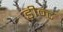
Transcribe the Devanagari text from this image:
डीन्ट